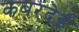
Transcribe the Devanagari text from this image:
कबरदेई